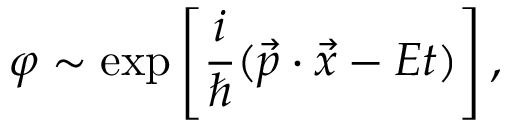
\varphi \sim \exp \left[ \frac { i } { \hbar } ( \vec { p } \cdot \vec { x } - E t ) \right] ,